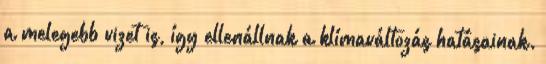
a melegebb vizet is, így ellenállnak a klímaváltozás hatásainak.